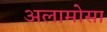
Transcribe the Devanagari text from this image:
अलामोसा